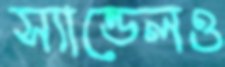
স্যান্ডেলও